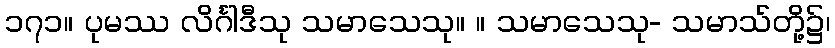
၁၇၁။ ပုမဿ လိင်္ဂါဒီသု သမာသေသု။ ။ သမာသေသု- သမာသ်တို့၌၊